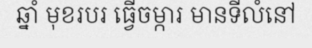
ឆ្នាំ មុខរបរ ធ្វើចម្ការ មានទីលំនៅ